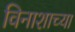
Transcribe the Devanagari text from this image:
विनाशाच्या